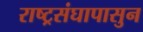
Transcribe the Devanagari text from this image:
राष्ट्रसंघापासुन